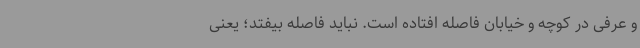
و عرفی در کوچه و خیابان فاصله افتاده است. نباید فاصله بیفتد؛ یعنی